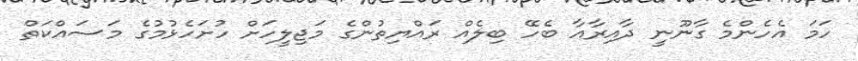
ހަމަ އެހެންމެ ގާނޫނީ ދާއިރާއާ ބެހޭ ބިލެއް ރައްޔިތުންގެ މަޖިލީހަށް ހުށަހެޅުމުގެ މަސައްކަތް